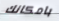
بامكانك